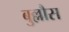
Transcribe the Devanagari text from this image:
बुल्लौस